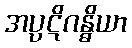
အပ္ပဋိဂန္ဓိယာ